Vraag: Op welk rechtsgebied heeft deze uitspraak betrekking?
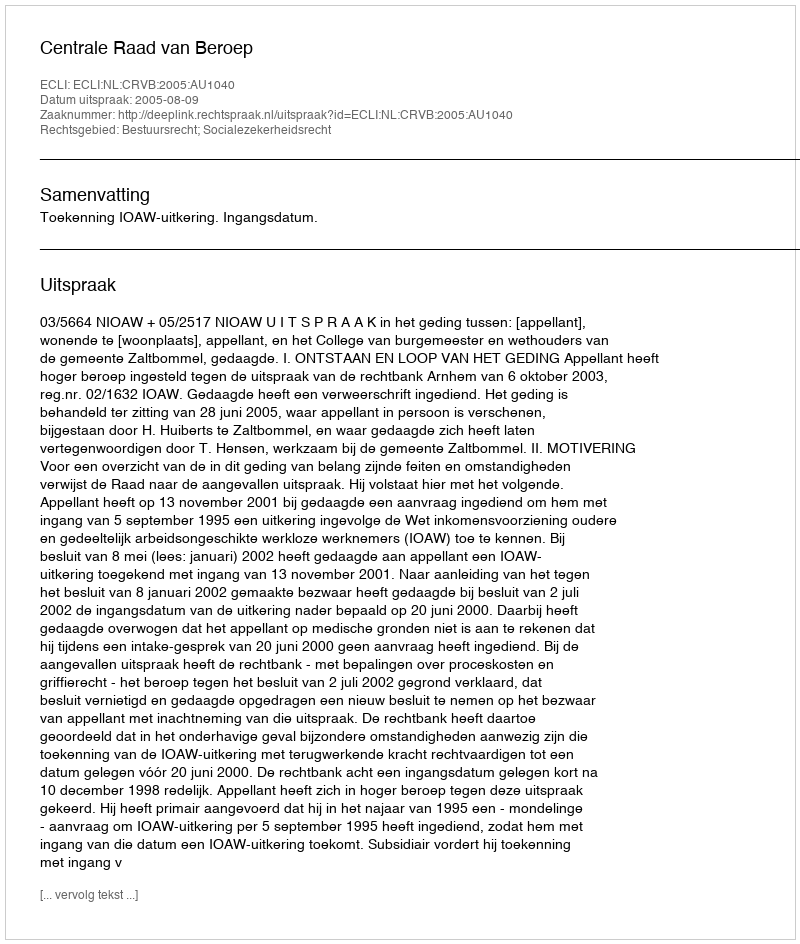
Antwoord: Bestuursrecht; Socialezekerheidsrecht